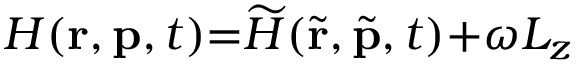
{ \cal H } ( \mathbf { r } , \mathbf { p } , t ) { = } \widetilde { \cal H } ( \widetilde { \mathbf { r } } , \widetilde { \mathbf { p } } , t ) { + } \omega { \cal L } _ { z }